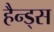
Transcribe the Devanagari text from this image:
हैन्ड्स